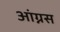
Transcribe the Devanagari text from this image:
आंग्नस